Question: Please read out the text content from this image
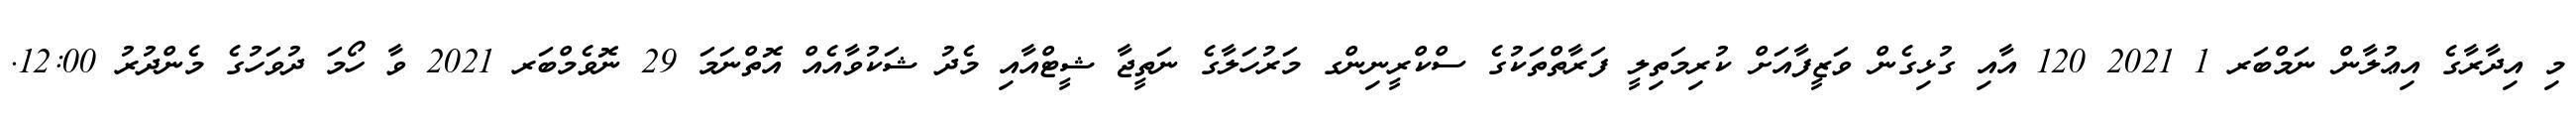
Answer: މި އިދާރާގެ އިޢުލާން ނަމްބަރ 1 2021 120 އާއި ގުޅިގެން ވަޒީފާއަށް ކުރިމަތިލީ ފަރާތްތަކުގެ ސްކްރީނިންގ މަރުހަލާގެ ނަތީޖާ ޝީޓްއާއި މެދު ޝަކުވާއެއް އޮތްނަމަ 29 ނޮވެމްބަރ 2021 ވާ ހޯމަ ދުވަހުގެ މެންދުރު 12:00.